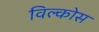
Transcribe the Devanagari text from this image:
विल्कोस